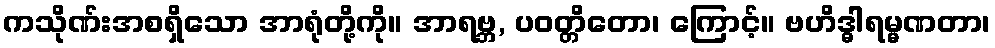
ကသိုဏ်းအစရှိသော အာရုံတို့ကို။ အာရဗ္ဘ, ပဝတ္တိတော၊ ကြောင့်။ ဗဟိဒ္ဓါရမ္မဏတာ၊